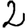
Digit: 2